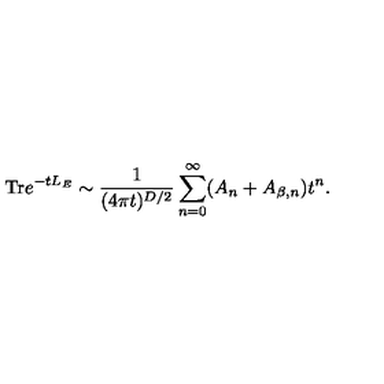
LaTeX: \mathrm { T r } e ^ { - t L _ { E } } \sim { \frac { 1 } { ( 4 \pi t ) ^ { D / 2 } } } \sum _ { n = 0 } ^ { \infty } ( A _ { n } + A _ { \beta , n } ) t ^ { n } .